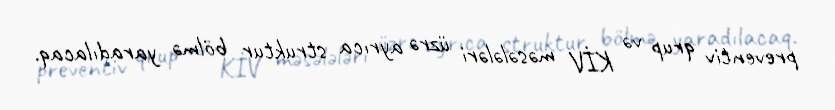
preventiv qrup və KİV məsələləri üzrə ayrıca struktur bölmə yaradılacaq.